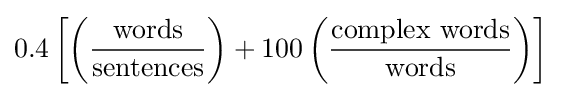
0.4\left[\left({\frac {\mbox{words}}{\mbox{sentences}}}\right)+100\left({\frac {\mbox{complex words}}{\mbox{words}}}\right)\right]